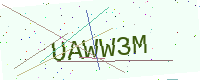
Text: UAWW3M